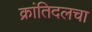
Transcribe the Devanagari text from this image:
क्रांतिदलचा